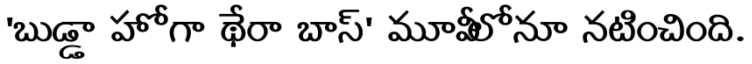
'బుడ్డా హోగా థేరా బాప్' మూవీలోనూ నటించింది.